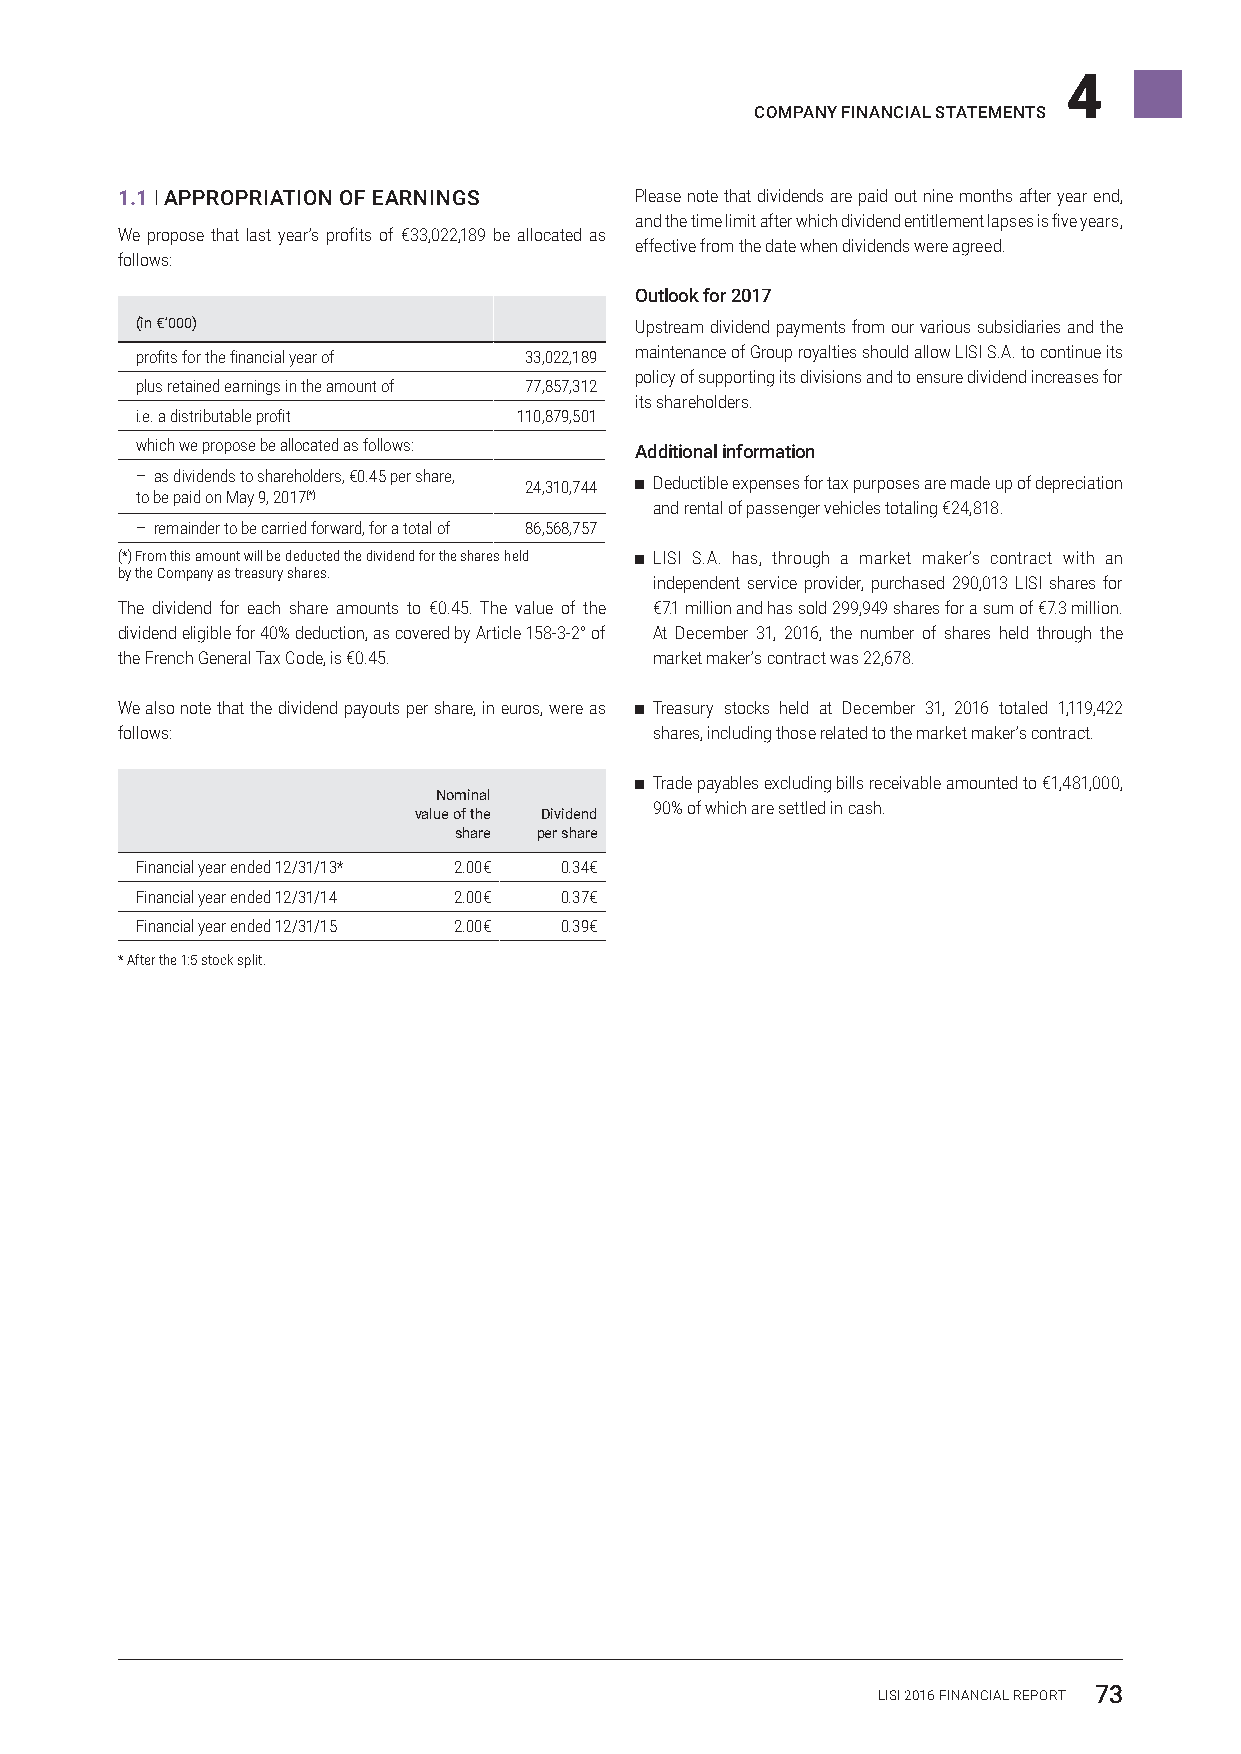
4
 COMPANY FINANCIAL STATEMENTS
 1.1 I APPROPRIATION OF EARNINGS   Please note that dividends are paid out nine months after year end,
 and the time limit after which dividend entitlement lapses is five years,
 We propose that last year’s profits of €33,022,189 be allocated as
 effective from the date when dividends were agreed.
 follows:
 Outlook for 2017
 (in €’000)                       Upstream dividend payments from our various subsidiaries and the
 profits for the financial year of 33,022,189 maintenance of Group royalties should allow LISI S.A. to continue its
 policy of supporting its divisions and to ensure dividend increases for
 plus retained earnings in the amount of 77,857,312
 its shareholders.
 i.e. a distributable profit 110,879,501
 which we propose be allocated as follows: Additional information
 – as dividends to shareholders, €0.45 per share, 24,310,744 ■–Deductible expenses for tax purposes are made up of depreciation
 to be paid on May 9, 2017(*)
 and rental of passenger vehicles totaling €24,818.
 – remainder to be carried forward, for a total of 86,568,757
 (*) From this amount will be deducted the dividend for the shares held ■–LISI S.A. has, through a market maker’s contract with an
 by the Company as treasury shares.
 independent service provider, purchased 290,013 LISI shares for
 The dividend for each share amounts to €0.45. The value of the €7.1 million and has sold 299,949 shares for a sum of €7.3 million.
 dividend eligible for 40% deduction, as covered by Article 158-3-2° of At December 31, 2016, the number of shares held through the
 the French General Tax Code, is €0.45. market maker’s contract was 22,678.
 We also note that the dividend payouts per share, in euros, were as ■–Treasury stocks held at December 31, 2016 totaled 1,119,422
 follows:                           shares, including those related to the market maker’s contract.
 ■–Trade payables excluding bills receivable amounted to €1,481,000,
 Nominal
 90% of which are settled in cash.
 value of the Dividend
 share per share
 Financial year ended 12/31/13* 2.00€ 0.34€
 Financial year ended 12/31/14 2.00€ 0.37€
 Financial year ended 12/31/15 2.00€ 0.39€
 * After the 1:5 stock split.
 LISI 2016 FINANCIAL REPORT 73